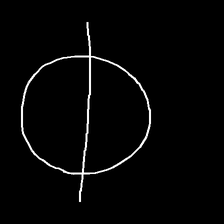
Glyph: orb